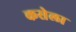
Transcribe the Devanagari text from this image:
कसेला